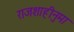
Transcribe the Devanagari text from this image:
राजशाहीनुमा